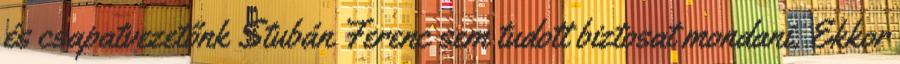
és csapatvezetőnk Stubán Ferenc sem tudott biztosat mondani. Ekkor